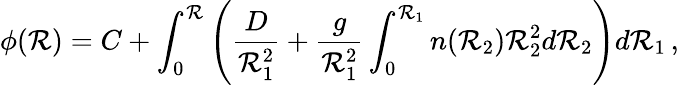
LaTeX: \phi(\mathcal{R})=C+\int_{0}^{\mathcal{R}}\left(\frac{D}{{\mathcal{R}_{1}^{2}}}+\frac{g}{{\mathcal{R}_{1}^{2}}}\int_{0}^{\mathcal{R}_{1}}n(\mathcal{R}_{2})\mathcal{R}_{2}^{2}d\mathcal{R}_{2}\right)d\mathcal{R}_{1}\, ,